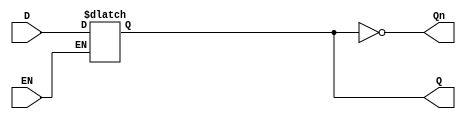
module GatedDLatch (
    input wire D,      // Data input
    input wire EN,     // Enable control signal
    output reg Q,      // Output signal
    output wire Qn     // Complement of the output Q
);

    assign Qn = ~Q; // Q is the complement of Q

    always @(*) begin
        if (EN) begin
            Q = D;   // When EN is high, Q follows D
        end
        // When EN is low, Q retains its previous value
    end

endmodule